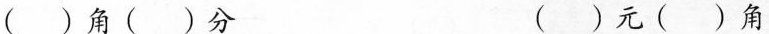
( )角( )分 ()元( )角( )元